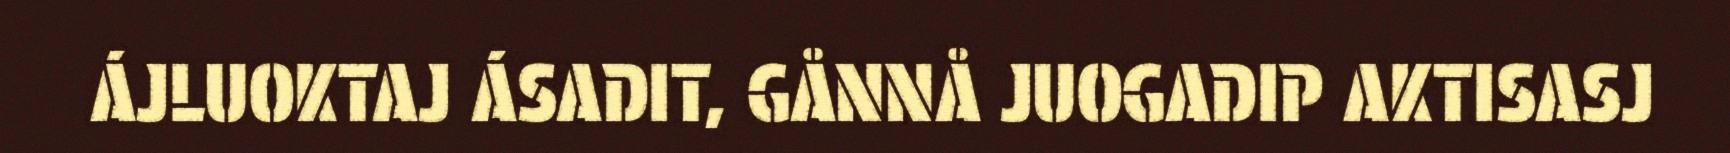
ÁJLUOKTAJ ÁSADIT, GÅNNÅ JUOGADIP AKTISASJ